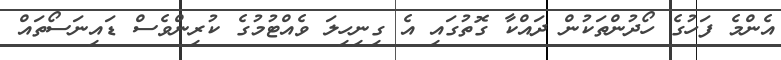
އެންމެ ފަހުގެ ހޯދުންތަކުން ދައްކާ ގޮތުގައި އެ ގިނިހިލަ ވެއްޓުމުގެ ކުރިންވެސް ޑައިނަސޯތައް